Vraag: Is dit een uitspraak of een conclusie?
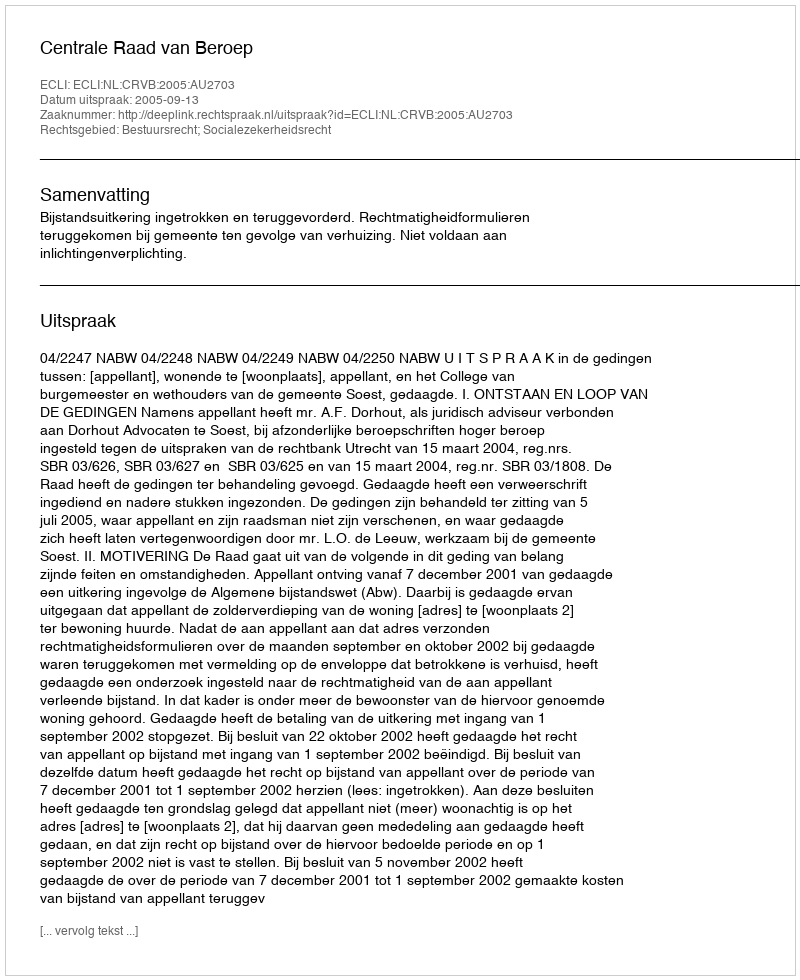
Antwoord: Uitspraak